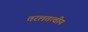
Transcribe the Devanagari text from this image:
तरलतत्वीय